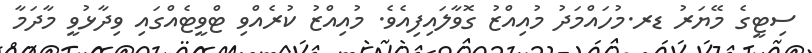
ސިޓީގެ މޭޔަރު ޑރ.މުހައްމަދު މުއިއްޒު ގޮވާލައިފިއެވެ. މުއިއްޒު ކުރެއްވި ޓްވީޓެއްގައި ވިދާޅުވީ މާދަމާ